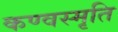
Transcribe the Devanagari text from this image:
कण्वस्मृति